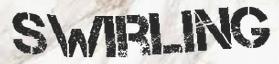
SWIRLING